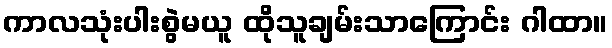
ကာလသုံးပါးစွဲမယူ ထိုသူချမ်းသာကြောင်း ဂါထာ။